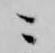
ニ